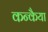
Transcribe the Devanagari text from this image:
कन्कैया